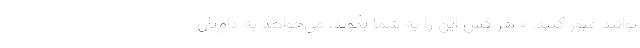
توانید عبور کنید. » هر کس این را به شما بگوید، می‌خواهد به دام‌تان